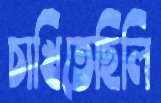
চাখিতেছিলি